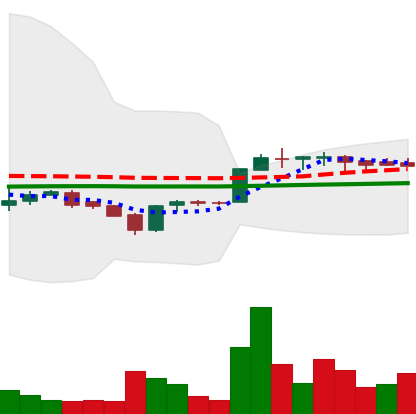
Ticker: LTC-USD
Chart end date: 2017-02-07
Forward return: -6.831%
Label: down_5_7